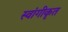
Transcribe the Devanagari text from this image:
स्वांगीकृत